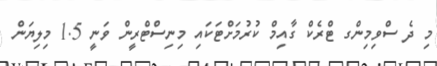
މި ދެ ސްވިމިންގ ޓްރެކް ގާއިމް ކުރުމަށްޓަކައި މިނިސްޓްރީން ވަނީ 1.5 މިލިޔަން